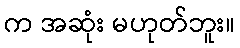
က အဆုံး မဟုတ်ဘူး။